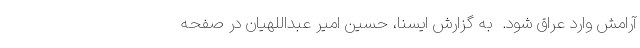
آرامش وارد عراق شود.  به گزارش ایسنا، حسین امیر عبداللهیان در صفحه